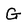
Character: G